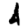
Digit: 4